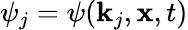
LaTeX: \psi_{j}=\psi(\mathbf{k}_{j},\mathbf{x},t)